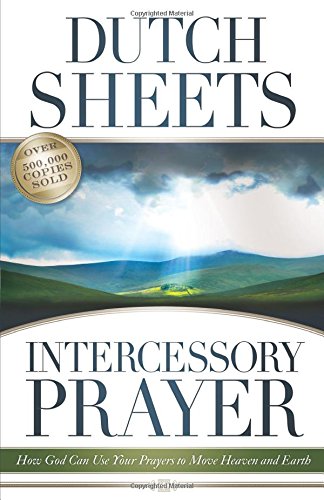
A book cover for Intercessory Prayer: How God Can Use Your Prayers to Move Heaven and Earth; Dutch Sheets; Religion & Spirituality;